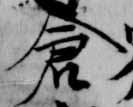
倉